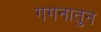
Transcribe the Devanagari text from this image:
गगनातुन